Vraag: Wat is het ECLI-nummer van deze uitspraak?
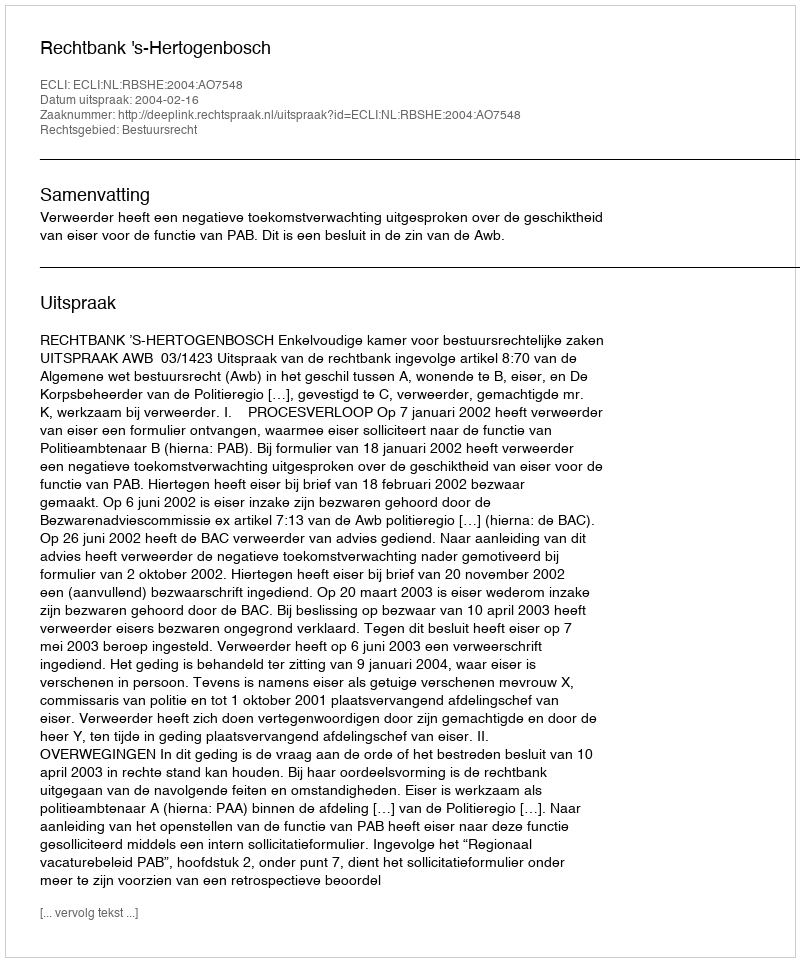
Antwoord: ECLI:NL:RBSHE:2004:AO7548